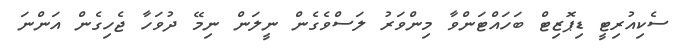
ސެކިއުރިޓީ ޑިޕޮޒިޓް ބަހައްޓަންވާ މިންވަރު ލަސްވެގެން ނީލަން ނިމޭ ދުވަހާ ޖެހިގެން އަންނަ